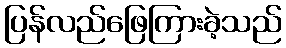
ပြန်လည်ဖြေကြားခဲ့သည်